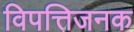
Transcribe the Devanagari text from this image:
विपत्तिजनक